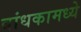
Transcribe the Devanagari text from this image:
बांधकामध्ये